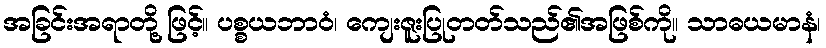
အခြင်းအရာတို့ ဖြင့်။ ပစ္စယဘာဝံ၊ ကျေးဇူးပြုတတ်သည်၏အဖြစ်ကို။ သာဓယမာနံ၊